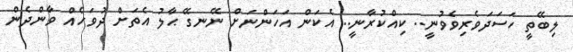
ލިބޭތީ ހަސަދަވެރިވެވުނީ.. ކިއްކުރާނީ.. އެކަން އަހަންނަށް ނޭނގޭ ޙާލު އެތަށް ދުވަހެއް ވާންދެން